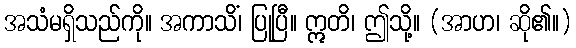
အသံမရှိသည်ကို။ အကာသိံ၊ ပြုပြီ။ ဣတိ၊ ဤသို့။ (အာဟ၊ ဆို၏။)